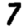
Digit: 7